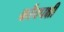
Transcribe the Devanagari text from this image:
कौंचपक्षी